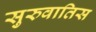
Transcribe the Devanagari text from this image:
सुरुवातिस